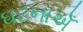
ઘટનાએઁ